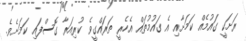
ރަށަކީ ގައުމެއް ކަމަށާއި އެ ގައުމުތައް އެހެރީ ތަރައްގީވެ ކުރިއަރާ ގޮސްފައި ކަމަށެވެ.